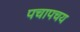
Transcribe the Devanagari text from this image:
पचापचय